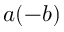
a ( - b )